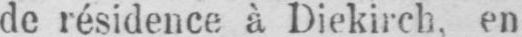
de résidence à Diekirch, en